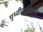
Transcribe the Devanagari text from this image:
पृथ्वीवासियांनी